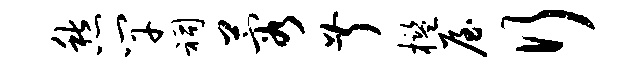
愁竿祠蓉叔槛屋行